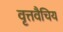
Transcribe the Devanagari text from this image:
वृत्तवैचिय